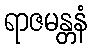
ရာဇမန္တနံ